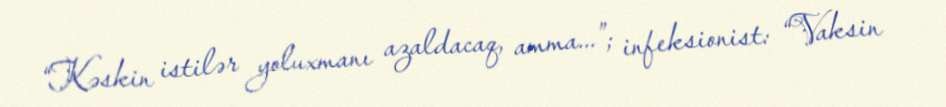
“Kəskin istilər yoluxmanı azaldacaq, amma...”; infeksionist: “Vaksin